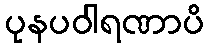
ပုနပဝါရဏာပိ